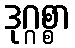
ဒုဂ္ဂစ္စာ